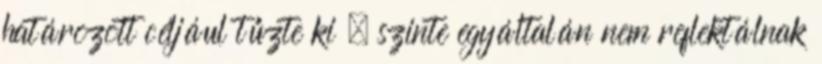
határozott céljául tűzte ki – szinte egyáltalán nem reflektálnak